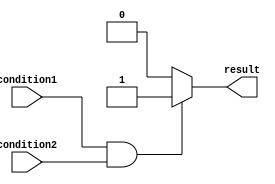
module if_else_with_logical_and (
    input wire condition1,
    input wire condition2,
    output reg result
);

always @(*) begin
    if (condition1 && condition2) begin
        // Code inside the if block
        result = 1;
    end
    else begin
        // Code inside the else block
        result = 0;
    end
end

endmodule